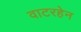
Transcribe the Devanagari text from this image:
वाटरहेन